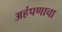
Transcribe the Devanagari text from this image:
अहंपणाचा